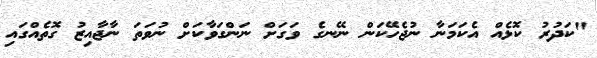
"ކަދުރު ކޮޅެއް އެކަމަނާ ނުޖެހޭކަން ނޭނގެ ވަގަށް ނަންގަވާކަށް ނުވަތަ ނާޖާއިޒު ގޮތެއްގައި